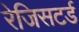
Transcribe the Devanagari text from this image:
रेजिसटर्ड